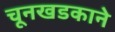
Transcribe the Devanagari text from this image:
चूनखडकाने